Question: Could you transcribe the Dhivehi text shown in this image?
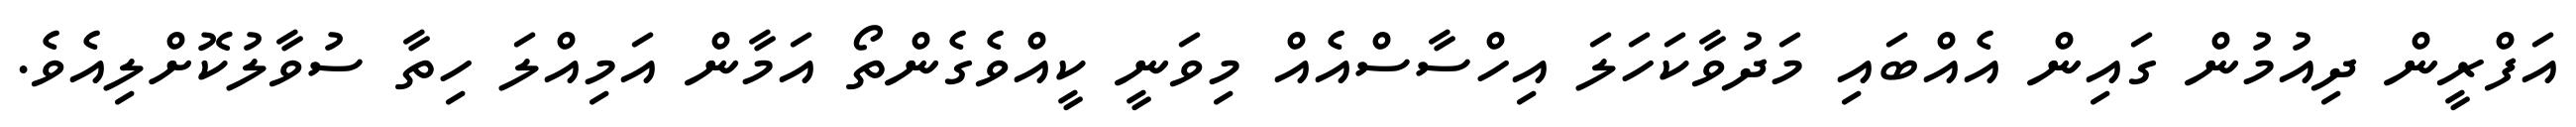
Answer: އަފްރީން ދިއުމުން ގައިން އެއްބައި މަދުވާކަހަލަ އިހްސާސްއެއް މިވަނީ ކީއްވެގެންތޯ އަމާން އަމިއްލަ ހިތާ ސުވާލުކޮށްލިއެވެ.